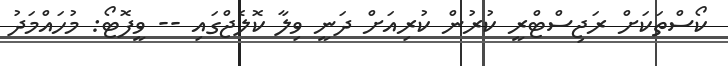
ކޯސްތަކަށް ރަޖިސްޓްރީ ކުރުން ކުރިއަށް ދަނީ ވިލާ ކޮލެޖްގައި -- ވީފޮޓޯ: މުހައްމަދު